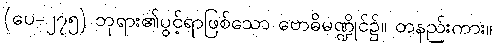
(ပေ-၂၇၅) ဘုရား၏ပွင့်ရာဖြစ်သော ဗောဓိမဏ္ဍိုင်၌။ တနည်းကား။